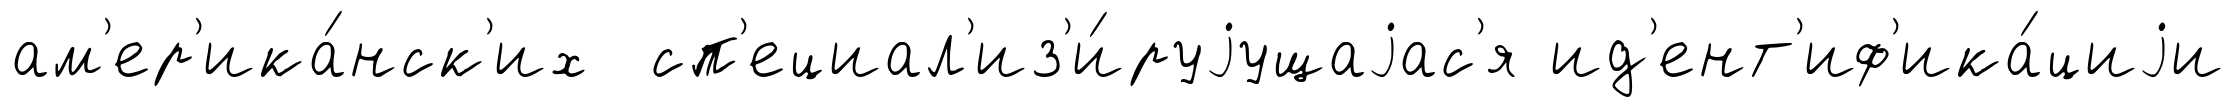
ам'ер'ика́нск'их сп'ециал'из'и́руjущаjас'я ид'ент'иф'ика́циjи